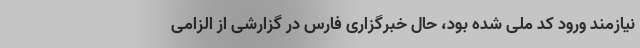
نیازمند ورود کد ملی شده بود، حال خبرگزاری فارس در گزارشی از الزامی